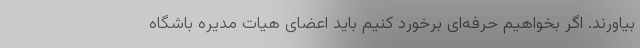
بیاورند. اگر بخواهیم حرفه‌ای برخورد کنیم باید اعضای هیات مدیره باشگاه